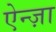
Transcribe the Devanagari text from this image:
ऐन्ज़ा